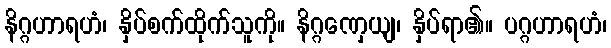
နိဂ္ဂဟာရဟံ၊ နှိပ်စက်ထိုက်သူကို။ နိဂ္ဂဏှေယျ၊ နှိပ်ရာ၏။ ပဂ္ဂဟာရဟံ၊